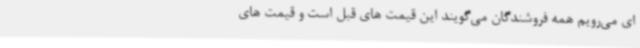
ای می‌رویم همه فروشندگان می‌گویند این قیمت های قبل است و قیمت های